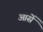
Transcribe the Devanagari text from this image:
आसें